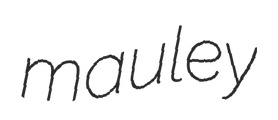
mauley